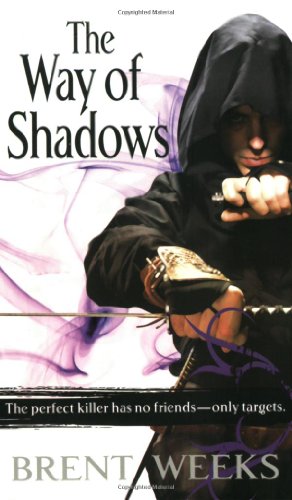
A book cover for The Way of Shadows: The Night Angel Trilogy: Book 1; Brent Weeks; Science Fiction & Fantasy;